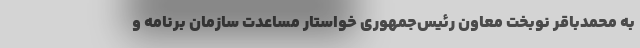
به محمدباقر نوبخت معاون رئیس‌جمهوری خواستار مساعدت سازمان برنامه و